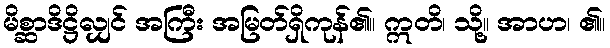
မိစ္ဆာဒိဋ္ဌိလျှင် အကြီး အမြတ်ရှိကုန်၏။ ဣတိ၊ သို့။ အာဟ၊ ၏။